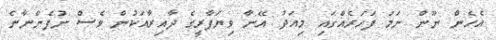
އެހެން ނޫން ނަމަ ފަހަރެއްގައި މިއަދު އޭނާ ވިޔަފާރީގެ ދާއިރާއަކުން ވެސް ނުފެންނާނެ